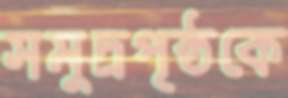
সমুদ্রপৃষ্ঠকে